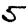
Digit: 5